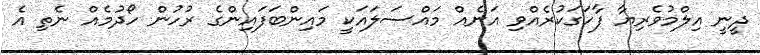
ދީނީ އިލްމުވެރިޔާ ފާހަގަކުރެއްވި އަނެއް މައްސަލައަކީ މައިންބަފައިންގެ ރުހުން ހޯދުމެއް ނެތި އެ